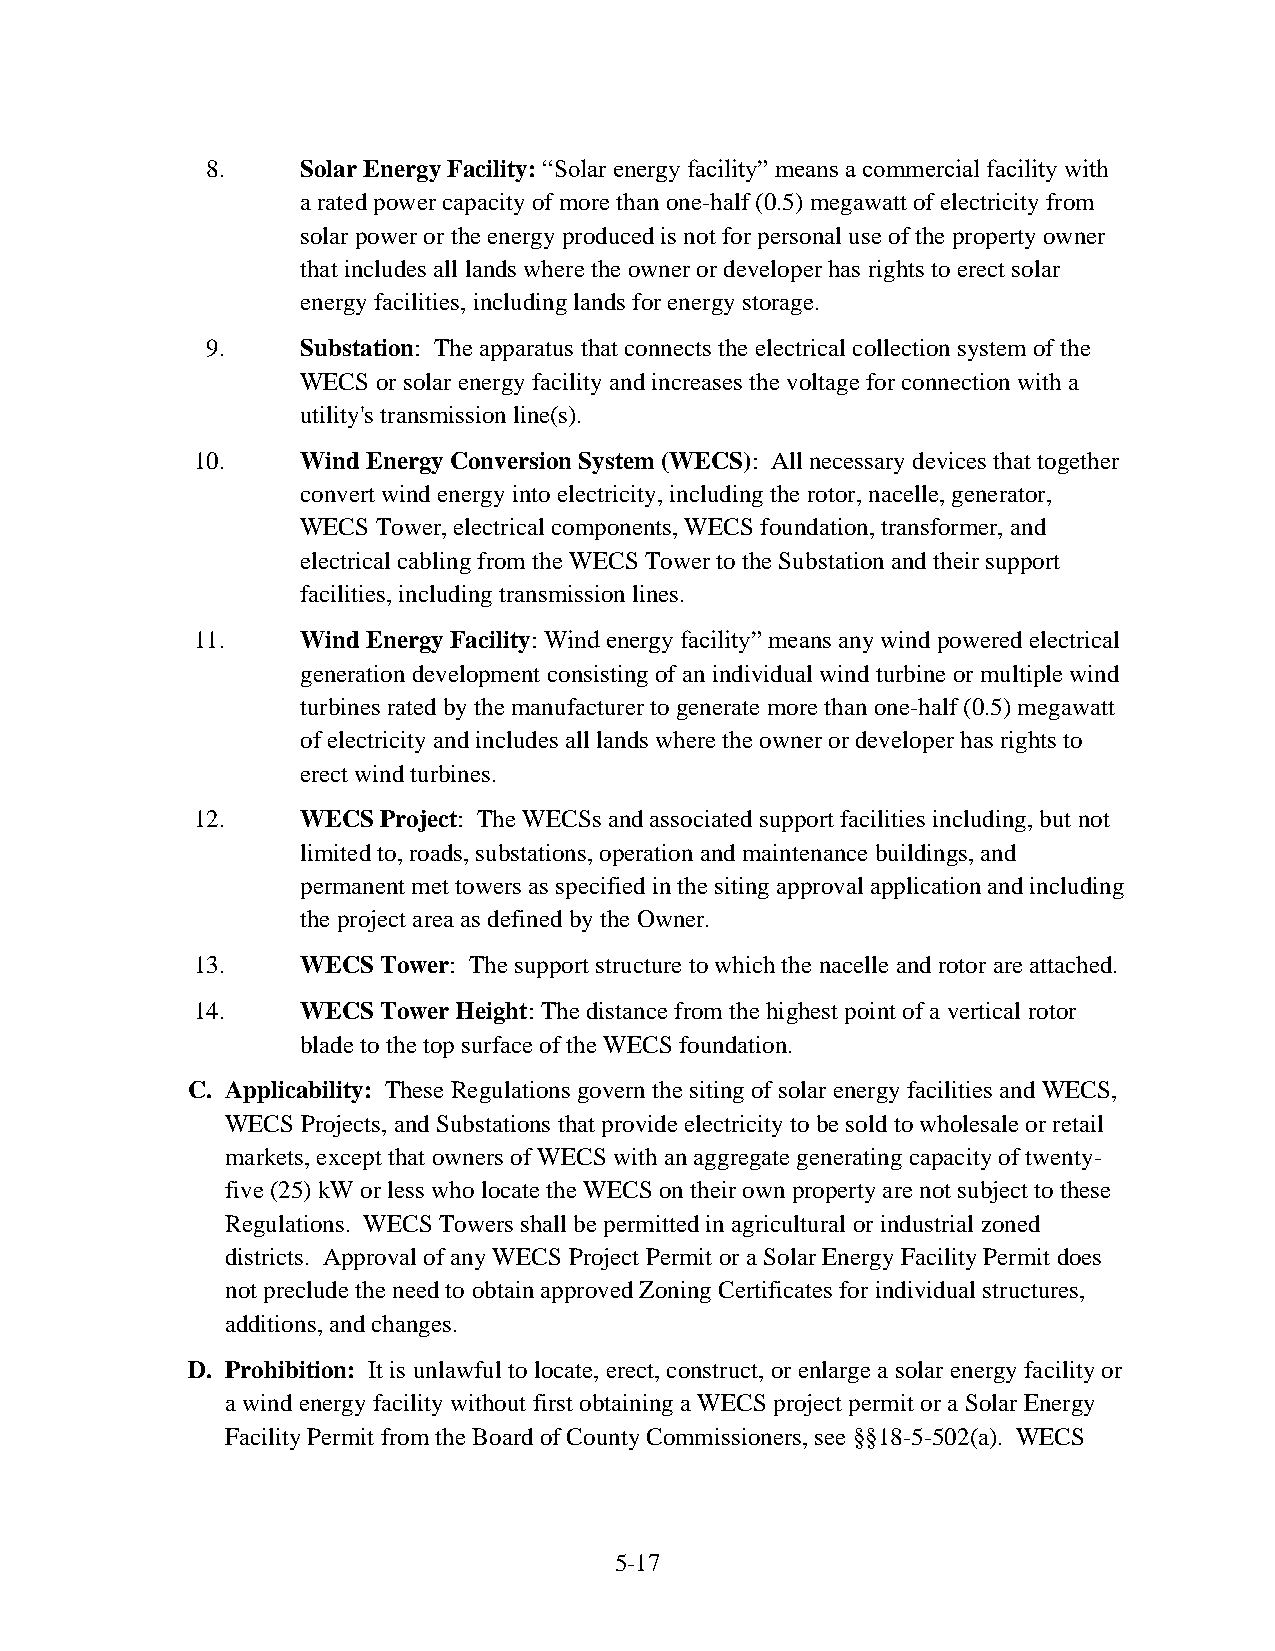
8.    Solar Energy Facility: “Solar energy facility” means a commercial facility with
 a rated power capacity of more than one-half (0.5) megawatt of electricity from
 solar power or the energy produced is not for personal use of the property owner
 that includes all lands where the owner or developer has rights to erect solar
 energy facilities, including lands for energy storage.
 9.    Substation: The apparatus that connects the electrical collection system of the
 WECS or solar energy facility and increases the voltage for connection with a
 utility's transmission line(s).
 10.    Wind Energy Conversion System (WECS): All necessary devices that together
 convert wind energy into electricity, including the rotor, nacelle, generator,
 WECS Tower, electrical components, WECS foundation, transformer, and
 electrical cabling from the WECS Tower to the Substation and their support
 facilities, including transmission lines.
 11.    Wind Energy Facility: Wind energy facility” means any wind powered electrical
 generation development consisting of an individual wind turbine or multiple wind
 turbines rated by the manufacturer to generate more than one-half (0.5) megawatt
 of electricity and includes all lands where the owner or developer has rights to
 erect wind turbines.
 12.    WECS Project: The WECSs and associated support facilities including, but not
 limited to, roads, substations, operation and maintenance buildings, and
 permanent met towers as specified in the siting approval application and including
 the project area as defined by the Owner.
 13.    WECS Tower: The support structure to which the nacelle and rotor are attached.
 14.    WECS Tower Height: The distance from the highest point of a vertical rotor
 blade to the top surface of the WECS foundation.
 C. Applicability: These Regulations govern the siting of solar energy facilities and WECS,
 WECS Projects, and Substations that provide electricity to be sold to wholesale or retail
 markets, except that owners of WECS with an aggregate generating capacity of twenty-
 five (25) kW or less who locate the WECS on their own property are not subject to these
 Regulations. WECS Towers shall be permitted in agricultural or industrial zoned
 districts. Approval of any WECS Project Permit or a Solar Energy Facility Permit does
 not preclude the need to obtain approved Zoning Certificates for individual structures,
 additions, and changes.
 D. Prohibition: It is unlawful to locate, erect, construct, or enlarge a solar energy facility or
 a wind energy facility without first obtaining a WECS project permit or a Solar Energy
 Facility Permit from the Board of County Commissioners, see §§18-5-502(a). WECS
 5-17